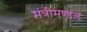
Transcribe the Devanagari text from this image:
मंत्रीमण्‍डल